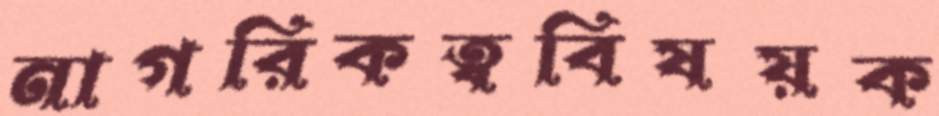
নাগরিকত্ববিষয়ক